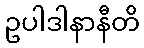
ဥပါဒါနာနီတိ